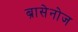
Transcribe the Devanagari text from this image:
ब्रासेनोज